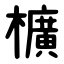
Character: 櫎